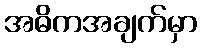
အဓိကအချက်မှာ